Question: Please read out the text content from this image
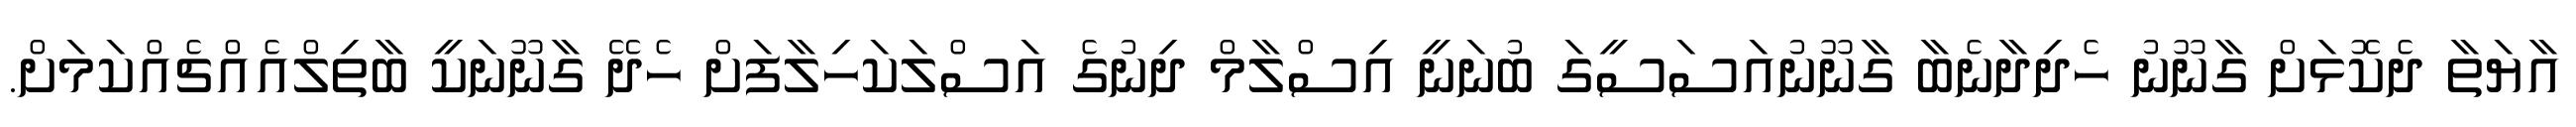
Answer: އާޔަތާ ދެކޮޅަށް ގާނޫނު ހެދިދާނެބާ ގާނޫނުއަސަސީގަ ބުނަނީ އިސްލާމް ދިނުގެ އަސްލަކަހިލާފަށް ހެދޭ ގާނޫނަކީ ބާތިލްއެއްޗެއްކަމަށް.